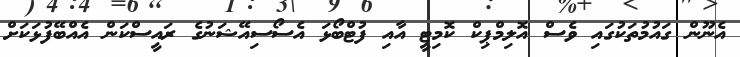
އެނޫން ގައުމުތަކުގައި ވެސް އޮލިމްޕިކް ކޮމިޓީ އާއި ފުޓްބޯޅަ އެސޯސިއޭޝަނުގެ ރައީސްކަން އެއްބޭފުޅަކަށް